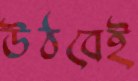
উঠবেই